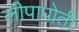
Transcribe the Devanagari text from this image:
लीपापोती